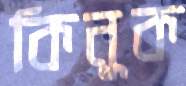
কিনুক